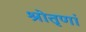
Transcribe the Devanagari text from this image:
श्रोतृणां